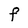
Character: F